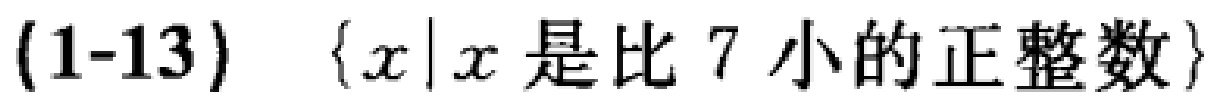
(1-13) \(\{x|x\text{ 是比 }7\text{ 小的正整数}\}\)